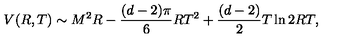
V ( R , T ) \sim M ^ { 2 } R - \frac { ( d - 2 ) \pi } { 6 } R T ^ { 2 } + \frac { ( d - 2 ) } { 2 } T \ln 2 R T ,